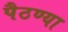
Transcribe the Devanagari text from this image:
पैठण्या